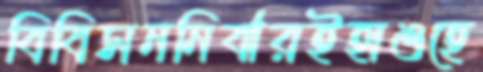
বিবিসননির্ঝরইহাঙহে